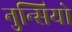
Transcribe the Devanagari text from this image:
नुन्सियो